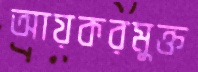
আয়করমুক্ত